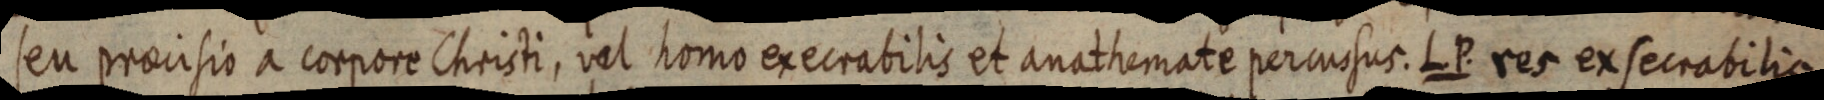
seu praecisio a corpore Christi, vel homo execrabilis et anathemate percursus. L. P. res exsecrabilis